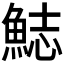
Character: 𩷓